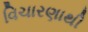
વિચારણાથી